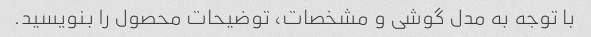
با توجه به مدل گوشی و مشخصات، توضیحات محصول را بنویسید.